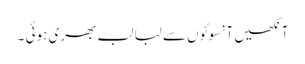
آنکھیں آنسوئوں سے لبا لب بھری ہوئی ۔